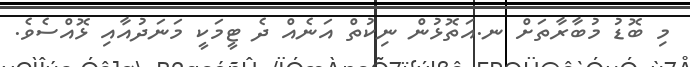
މި ބޮޑު މުބާރާތަށް ނ.އަތޮޅުން ނިކުތް އަނެއް ދެ ޓީމަކީ މަނަދުއާއި ޅޮއްސެވެ.